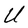
Character: U